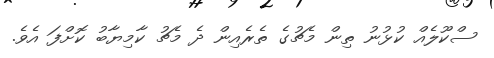
ސްކޫލެއް ކުޅުނު ތިން މެޗުގެ ތެރެއިން ދެ މެޗު ކާމިޔާބު ކޮށްފަ އެވެ.